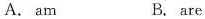
A. am B. are